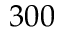
3 0 0